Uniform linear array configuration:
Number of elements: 12
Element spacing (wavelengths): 0.5
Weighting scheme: hamming
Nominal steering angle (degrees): -15
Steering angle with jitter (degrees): -14.818
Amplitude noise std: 0.05
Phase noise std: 0.05

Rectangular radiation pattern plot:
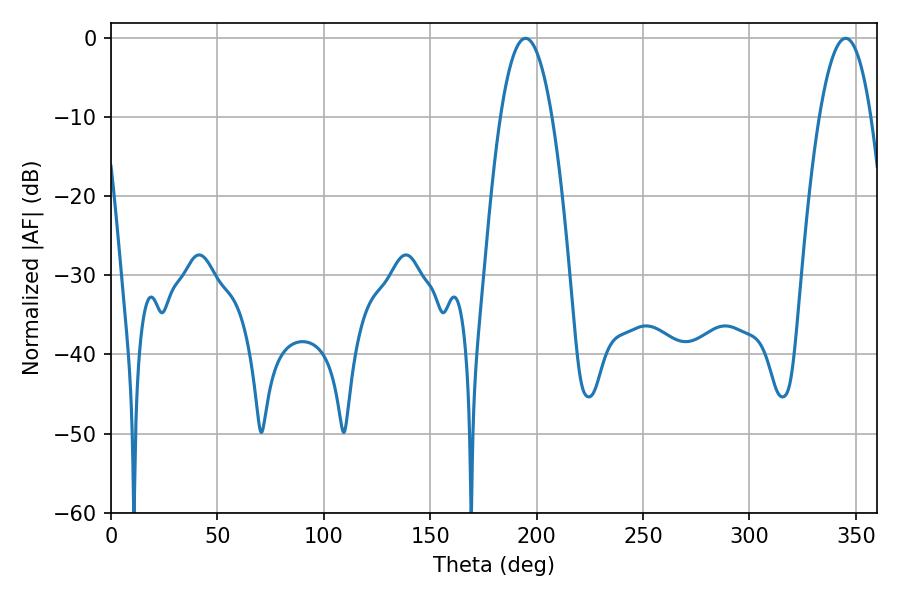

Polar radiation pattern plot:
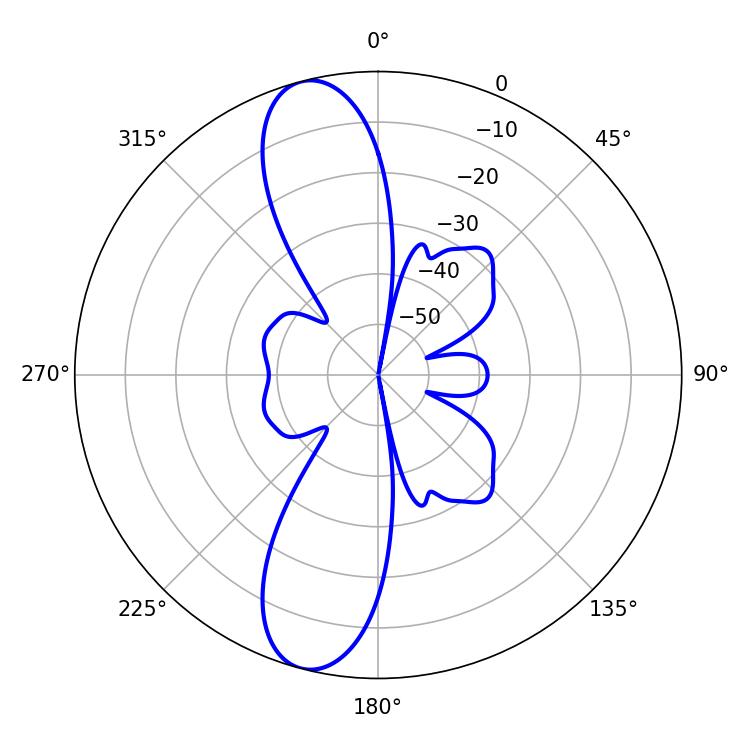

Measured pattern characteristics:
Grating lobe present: FALSE
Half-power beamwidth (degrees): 13.32
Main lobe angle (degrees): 194.76